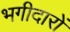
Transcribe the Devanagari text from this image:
भगीदारों